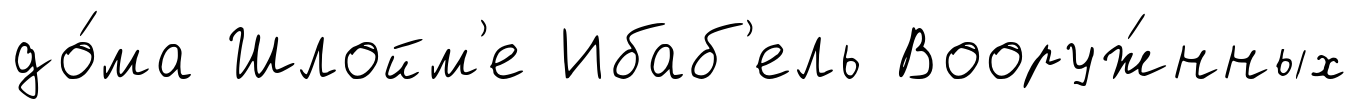
до́ма Шлойм'е Ибаб'ель Вооруж́нных